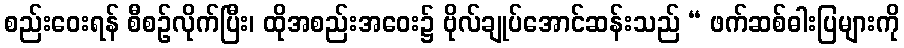
စည်းဝေးရန် စီစဉ်လိုက်ပြီး၊ ထိုအစည်းအဝေး၌ ဗိုလ်ချုပ်အောင်ဆန်းသည် “ ဖက်ဆစ်ဓါးပြများကို